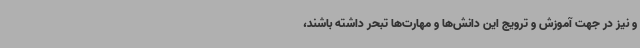
و نیز در جهت آموزش و ترویج این دانش‌ها و مهارت‌ها تبحر داشته باشند،